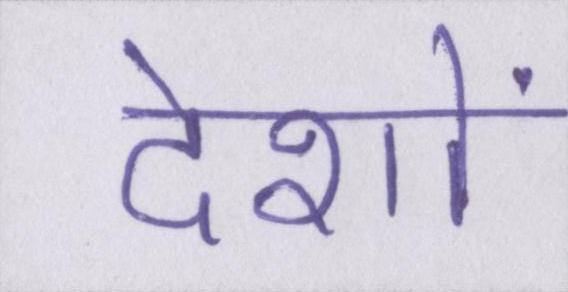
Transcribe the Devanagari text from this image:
देशों